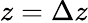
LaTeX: z=\Delta z